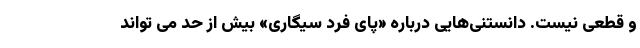
و قطعی نیست. دانستنی‌هایی درباره «پای فرد سیگاری» بیش از حد می تواند